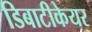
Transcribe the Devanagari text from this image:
डिबाटीकेयर